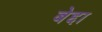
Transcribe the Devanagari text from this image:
बेद्दा